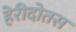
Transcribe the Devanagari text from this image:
हेरीदोतस